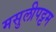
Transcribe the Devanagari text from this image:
मसुलीपट्टम